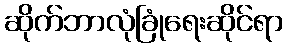
ဆိုက်ဘာလုံခြုံရေးဆိုင်ရာ